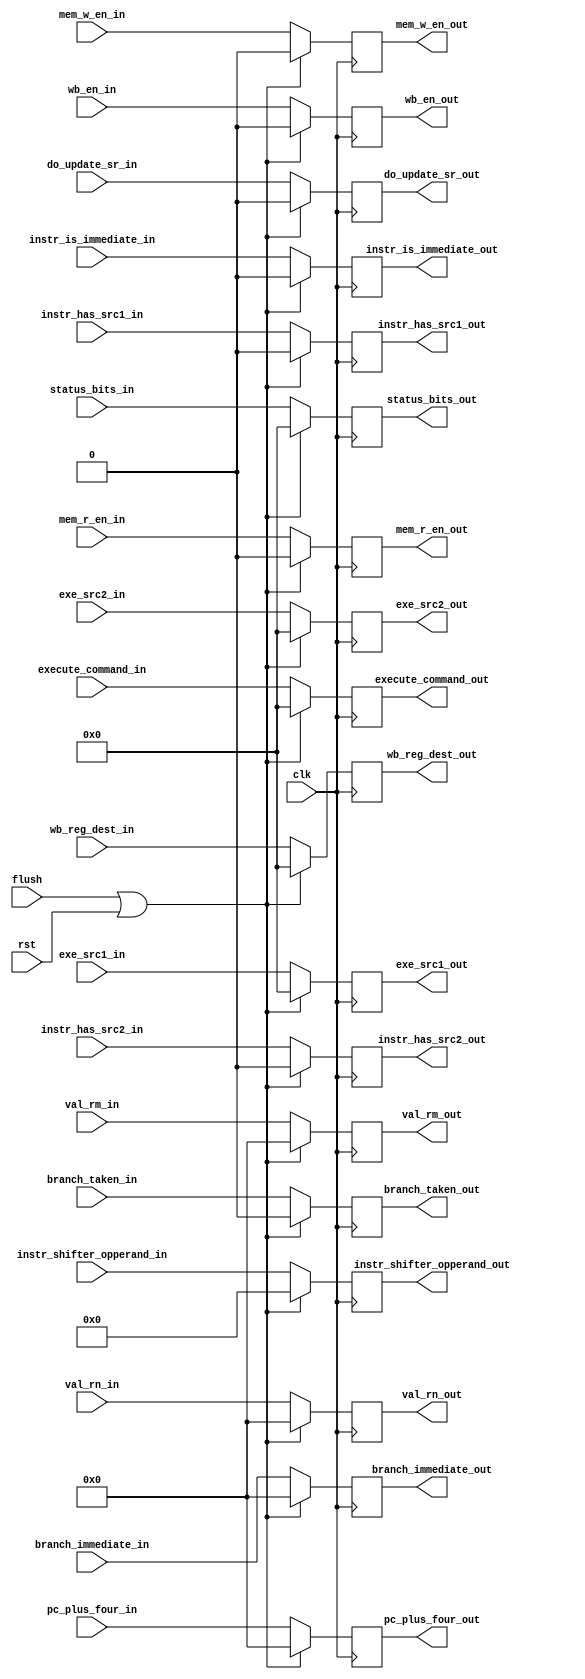
module ID_stage_reg(
    input               clk,
    input               rst,
    input               flush,
    input               wb_en_in,
    input               mem_r_en_in,
    input               mem_w_en_in,
    input               branch_taken_in,
    input       [3:0]   execute_command_in,
    input               do_update_sr_in,
    input       [3:0]   wb_reg_dest_in,
    input       [31:0]  pc_plus_four_in,
    input       [31:0]  branch_immediate_in,
    input       [11:0]  instr_shifter_opperand_in,
    input               instr_is_immediate_in,
    input       [31:0]  val_rn_in,
    input       [31:0]  val_rm_in,
    input       [3:0]   status_bits_in,
    input       [3:0]   exe_src1_in,
    input       [3:0]   exe_src2_in,
    input               instr_has_src1_in,
    input               instr_has_src2_in,

    output reg          wb_en_out,
    output reg          mem_r_en_out,
    output reg          mem_w_en_out,
    output reg          branch_taken_out,
    output reg  [3:0]   execute_command_out,
    output reg          do_update_sr_out,
    output reg  [3:0]   wb_reg_dest_out,
    output reg  [31:0]  pc_plus_four_out,
    output reg  [31:0]  branch_immediate_out,
    output reg  [11:0]  instr_shifter_opperand_out,
    output reg          instr_is_immediate_out,
    output reg  [31:0]  val_rn_out,
    output reg  [31:0]  val_rm_out,
    output reg  [3:0]   status_bits_out,
    output reg  [3:0]   exe_src1_out,
    output reg  [3:0]   exe_src2_out,
    output reg          instr_has_src1_out,
    output reg          instr_has_src2_out
);

    wire clear;

    assign clear = flush | rst;

    always @(posedge clk) begin
        if (clear) begin
            wb_en_out                       <= 0;  
            mem_r_en_out                    <= 0;    
            mem_w_en_out                    <= 0;    
            branch_taken_out                <= 0;        
            execute_command_out             <= 0;        
            do_update_sr_out                <= 0;        
            wb_reg_dest_out                 <= 0;    
            pc_plus_four_out                <= 0;        
            branch_immediate_out            <= 0;            
            instr_shifter_opperand_out      <= 0;
            instr_is_immediate_out          <= 0;
            val_rn_out                      <= 0;
            val_rm_out                      <= 0;
            status_bits_out                 <= 0;
            exe_src1_out                    <= 0;
            exe_src2_out                    <= 0;
            instr_has_src1_out              <= 0;
            instr_has_src2_out              <= 0;
        end
        else begin
            wb_en_out                       <= wb_en_in;  
            mem_r_en_out                    <= mem_r_en_in;    
            mem_w_en_out                    <= mem_w_en_in;    
            branch_taken_out                <= branch_taken_in;        
            execute_command_out             <= execute_command_in;        
            do_update_sr_out                <= do_update_sr_in;        
            wb_reg_dest_out                 <= wb_reg_dest_in;    
            pc_plus_four_out                <= pc_plus_four_in;        
            branch_immediate_out            <= branch_immediate_in;            
            instr_shifter_opperand_out      <= instr_shifter_opperand_in;
            instr_is_immediate_out          <= instr_is_immediate_in;
            val_rn_out                      <= val_rn_in;
            val_rm_out                      <= val_rm_in;
            status_bits_out                 <= status_bits_in;
            exe_src1_out                    <= exe_src1_in;
            exe_src2_out                    <= exe_src2_in;
            instr_has_src1_out              <= instr_has_src1_in;
            instr_has_src2_out              <= instr_has_src2_in;
        end
    end

endmodule